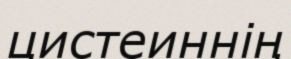
цистеиннің